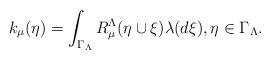
LaTeX: \begin{align*} k_\mu(\eta) = \int_{\Gamma_\Lambda} R^\Lambda_\mu (\eta \cup \xi)\lambda ( d \xi), \eta \in \Gamma_\Lambda.\end{align*}